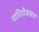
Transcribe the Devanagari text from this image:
माहितीबाबत